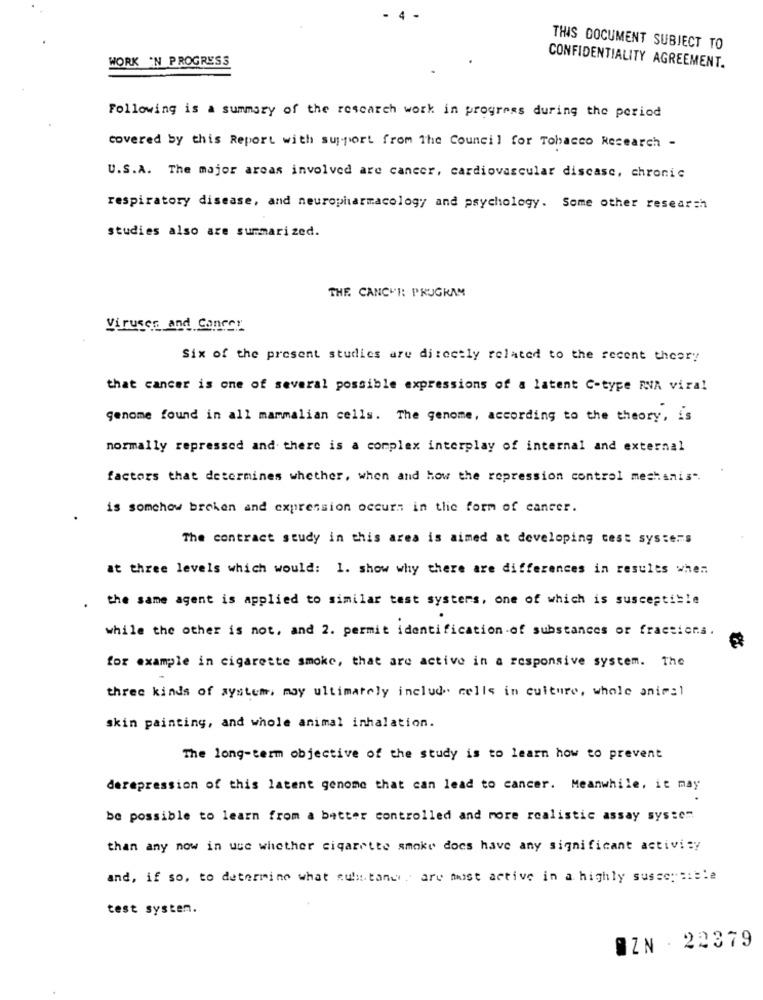
4
THIS DOCUMENT SUBJECT TO
WORK IN PROGRESS
CONFIDENTIALITY AGREEMENT.
Following is a summary of the research work in progress during the period
covered by this Report with support from The Council for Tobacco Research -
U.S.A. The major areas involved are cancer, cardiovascular discase, chronic
respiratory disease, and neuropharmacology and psychology. Some other research
studies also are summarized.
THE CANCER PROGRAM
Viruses and Cancer
Six of the present studies are directly related to the recent theory
that cancer is one of several possible expressions of a latent C-type RNA viral
genome found in all mammalian cells. The genome, according to the theory, is
normally repressed and there is a complex interplay of internal and external
factors that determines whether, when and how the repression control mechanis".
is somehow broken and expression occurs in the form of cancer.
The contract study in this area is aimed at developing cest systems
at three levels which would: 1. show why there are differences in results when
the same agent is applied to similar test systers, one of which is susceptible
while the other is not, and 2. permit identification of substances or fractions.
for example in cigarette smoke, that are active in a responsive system. The
three kinds of system, may ultimately include cells in culture, whole animal
skin painting, and whole animal inhalation.
The long-term objective of the study is to learn how to prevent
derepression of this latent genome that can lead to cancer. Meanwhile, it may
be possible to learn from a better controlled and more realistic assay system
than any now in use whether cigarette smoke does have any significant activity
and, if so, to determine what culi.tand , are most active in a highly sussensible
test system.
OZN . 22379